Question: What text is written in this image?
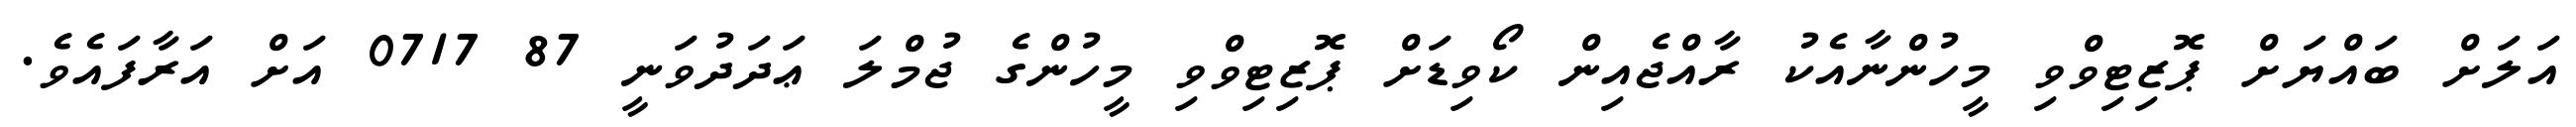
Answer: އަލަށް ބައްޔަށް ޕޮޒިޓިވްވި މީހުންނާއެކު ރާއްޖެއިން ކޯވިޑަށް ޕޮޒިޓިވްވި މީހުންގެ ޖުމްލަ ޢަދަދުވަނީ 87 0717 އަށް އަރާފައެވެ.